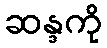
ဆန္ဒကို